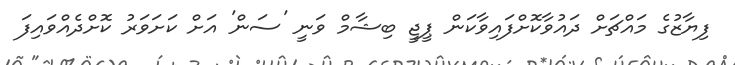
ފިޔާޒުގެ މައްޗަށް ދައުވާކޮށްފައިވާކަން ޕީޖީ ބިޝާމް ވަނީ 'ސަން' އަށް ކަށަވަރު ކޮށްދެއްވައިފަ